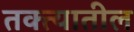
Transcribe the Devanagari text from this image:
तक्त्यातील